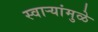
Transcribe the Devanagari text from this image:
स्वार्‍यांमुळे